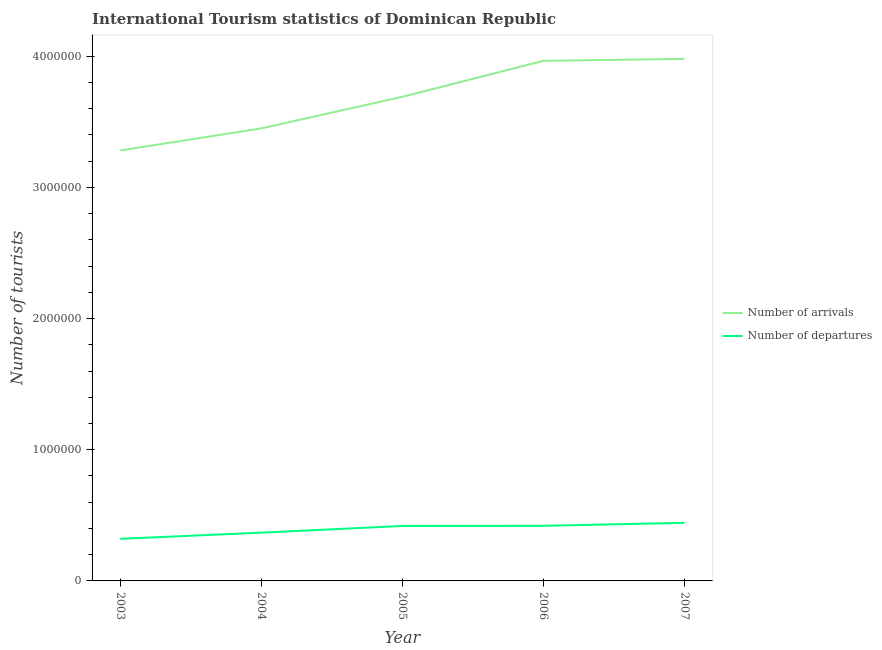
| Year | Number of arrivals | Number of departures |
 | --- | --- | --- |
 | 2003 | 3.28e+06 | 3.21e+05 |
 | 2004 | 3.45e+06 | 3.68e+05 |
 | 2005 | 3.69e+06 | 4.19e+05 |
 | 2006 | 3.96e+06 | 4.2e+05 |
 | 2007 | 3.98e+06 | 4.43e+05 |